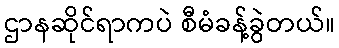
ဌာနဆိုင်ရာကပဲ စီမံခန့်ခွဲတယ်။